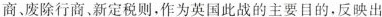
商废除行商，新定税则，作为英国此战的主要目的，反映出